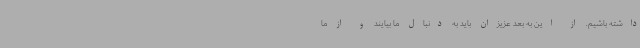
داشته باشیم. از این به بعد عزیزان باید به دنبال ما بیایند و از ما